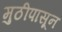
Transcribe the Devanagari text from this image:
मुठीपासून